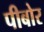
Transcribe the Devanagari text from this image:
पीबोर